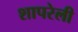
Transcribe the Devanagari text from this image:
शापरेली